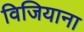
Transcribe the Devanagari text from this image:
विजियाना